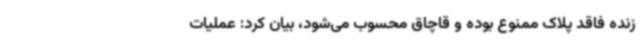
زنده فاقد پلاک ممنوع بوده و قاچاق محسوب می‌شود، بیان کرد: عملیات